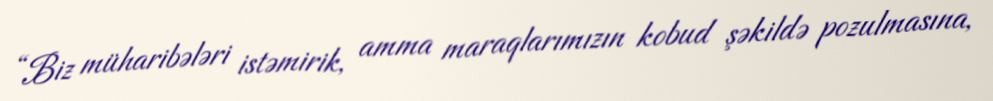
“Biz müharibələri istəmirik, amma maraqlarımızın kobud şəkildə pozulmasına,